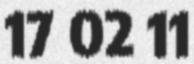
17 02 11